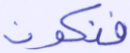
فنكون